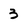
Character: 3